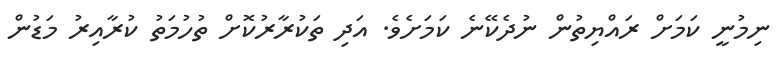
ނިމުނީ ކަމަށް ރައްޔިތުން ނުދެކޭނެ ކަމަށެވެ. އަދި ތަކުރާރުކޮށް ތުހުމަތު ކުރާއިރު މަޑުން